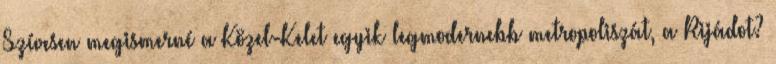
Szívesen megismerné a Közel-Kelet egyik legmodernebb metropoliszát, a Rijádot?